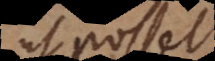
ut posset